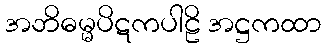
အဘိဓမ္မပိဋကပါဠိ အဋ္ဌကထာ